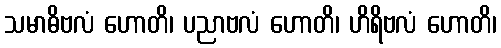
သမာဓိဗလံ ဟောတိ၊ ပညာဗလံ ဟောတိ၊ ဟိရိဗလံ ဟောတိ၊